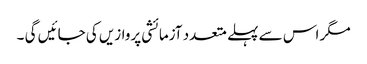
مگر اس سے پہلے متعدد آزمائشی پروازیں کی جائیں گی ۔